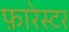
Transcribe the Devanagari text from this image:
फ़ारेस्टर